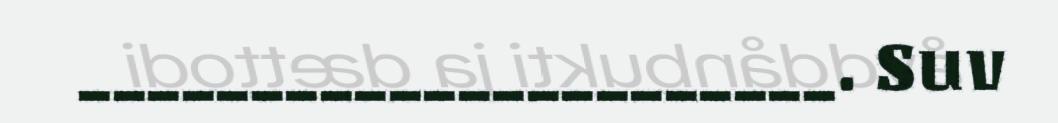
______________________. Suv